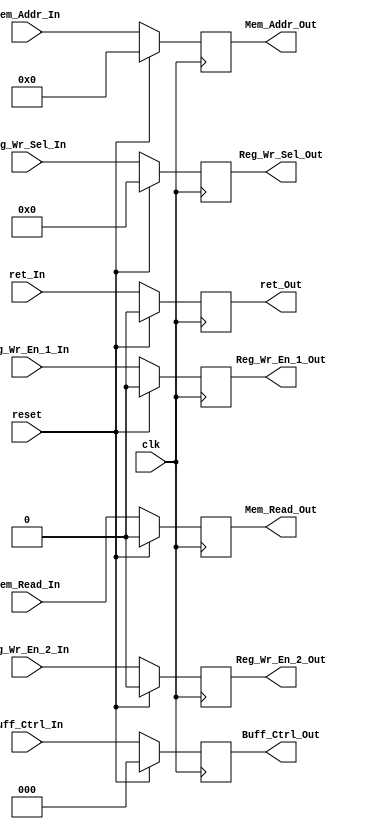
`timescale 1ns / 1ps
//////////////////////////////////////////////////////////////////////////////////
// Company: 
// Engineer: 
// 
// Design Name: 
// Module Name:    PipelineRegister 
// Project Name: 
// Target Devices: 
// Tool versions: 
// Description: 
//
// Dependencies: 
//
// Revision: 
// Revision 0.01 - File Created
// Additional Comments: 
//
//////////////////////////////////////////////////////////////////////////////////
module PipelineRegister(
	input              clk,
	input              reset,
    input              Mem_Read_In,
    output reg         Mem_Read_Out,
    input              Reg_Wr_En_1_In,
    output reg         Reg_Wr_En_1_Out,
    input              Reg_Wr_En_2_In,
    output reg         Reg_Wr_En_2_Out,
    input      [14:12] Buff_Ctrl_In,
    output reg [14:12] Buff_Ctrl_Out,
    input        [3:0] Reg_Wr_Sel_In,
    output reg   [3:0] Reg_Wr_Sel_Out,
	input 	   [15:0]  Mem_Addr_In,
	output reg [15:0]  Mem_Addr_Out,
	input              ret_In,
	output reg         ret_Out
    );

	always@(posedge clk) begin
		if(reset == 1'b1) begin
			Mem_Read_Out     <= 0;
			Reg_Wr_En_1_Out  <= 0;
			Reg_Wr_En_2_Out  <= 0;
			Buff_Ctrl_Out    <= 3'd0;
			Reg_Wr_Sel_Out   <= 4'd0;
			Mem_Addr_Out     <= 16'd0;
			ret_Out          <= 16'd0;
		end
		else begin
			Mem_Read_Out     <= Mem_Read_In;
			Reg_Wr_En_1_Out  <= Reg_Wr_En_1_In;
			Reg_Wr_En_2_Out  <= Reg_Wr_En_2_In;
			Buff_Ctrl_Out    <= Buff_Ctrl_In;
			Reg_Wr_Sel_Out   <= Reg_Wr_Sel_In;
			Mem_Addr_Out     <= Mem_Addr_In;
			ret_Out          <= ret_In;
		end
	end

endmodule